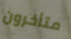
متأخرون